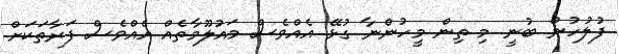
ފުލުހުން ބުނީ މި ތިން މީހުންނާ ގުޅޭ އެއްވެސް މައުލޫމާތެއް އެއްވެސް ފަރާތަކަށް